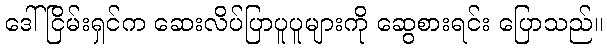
ဒေါ်ငြိမ်းရှင်က ဆေးလိပ်ပြာပူပူများကို ဆွေစားရင်း ပြောသည်။